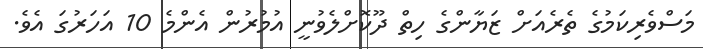
މަސްވެރިކަމުގެ ތެރެއަށް ޒަޔާންގެ ހިތް ދޫކޮށްލެވުނީ އުމުރުން އެންމެ 10 އަހަރުގަ އެވެ.